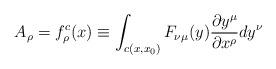
LaTeX: \begin{align*}A_{\rho} = f_{\rho}^{c}(x) \equiv \int_{c(x,x_{0})} F_{\nu\mu}(y)\frac{\partial y^{\mu}}{\partial x^{\rho}} dy^{\nu}\end{align*}